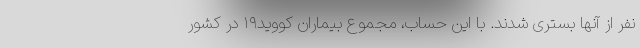
نفر از آنها بستری شدند. با این حساب، مجموع بیماران کووید۱۹ در کشور